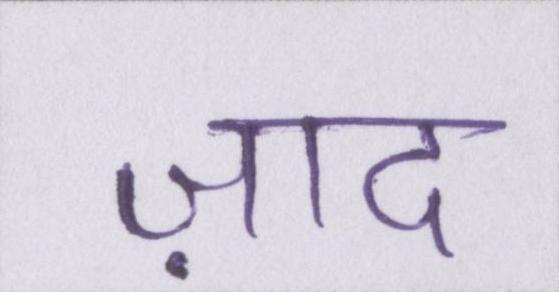
ज़ाद